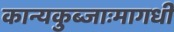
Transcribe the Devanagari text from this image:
कान्यकुब्जाःमागधीं